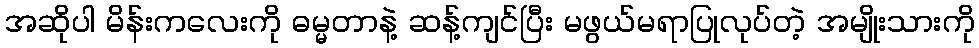
အဆိုပါ မိန်းကလေးကို ဓမ္မတာနဲ့ ဆန့်ကျင်ပြီး မဖွယ်မရာပြုလုပ်တဲ့ အမျိုးသားကို